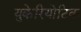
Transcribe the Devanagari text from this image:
युकेरियोटिक